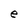
Character: e